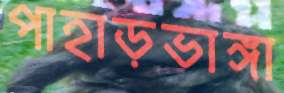
পাহাড়ভাঙ্গা